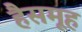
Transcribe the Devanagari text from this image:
हैसमूह